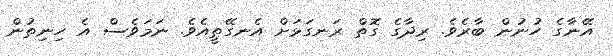
އޭނާގެ ހުނުން ބާރެވެ. ރިދާގެ ގޮތް ރަނގަޅަށް އެނގޭތީއެވެ. ނަމަވެސް އެ ހިނިތުން